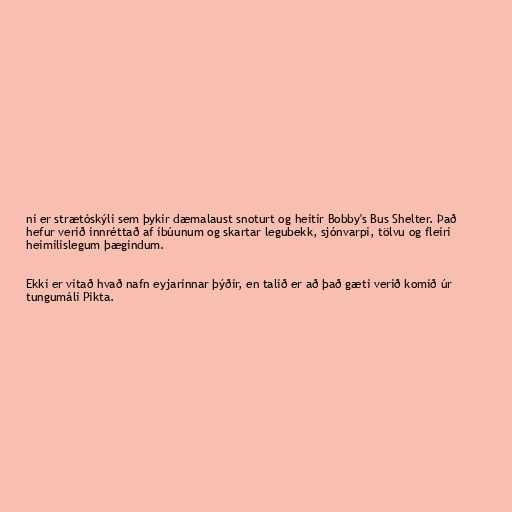
ni er strætóskýli sem þykir dæmalaust snoturt og heitir Bobby's Bus Shelter. Það
hefur verið innréttað af íbúunum og skartar legubekk, sjónvarpi, tölvu og fleiri
heimilislegum þægindum.

Ekki er vitað hvað nafn eyjarinnar þýðir, en talið er að það gæti verið komið úr
tungumáli Pikta.